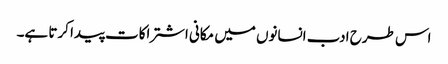
اس طرح ادب انسانوں میں مکانی اشتراکات پیدا کرتا ہے۔